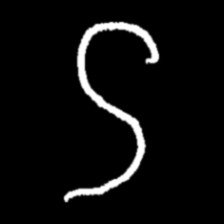
Pyu character \u2014 Myanmar letter: ဌ (romanized: ttha)